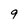
Character: 9